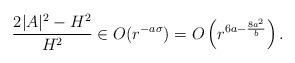
LaTeX: \begin{align*}\frac{2|A|^2-H^2}{H^2}\in O(r^{-a\sigma})=O\left(r^{6a-\frac{8a^2}{b}}\right).\end{align*}